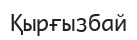
Қырғызбай